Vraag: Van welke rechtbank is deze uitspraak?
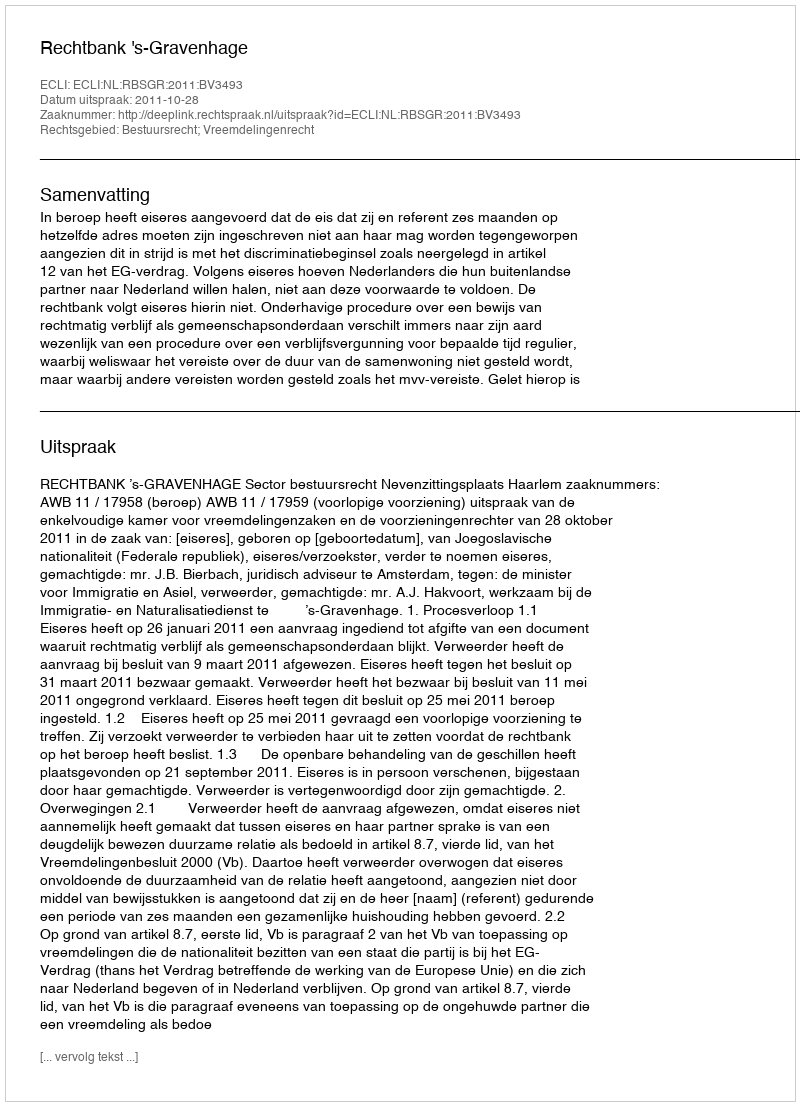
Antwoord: Rechtbank 's-Gravenhage